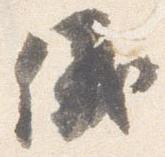
儀